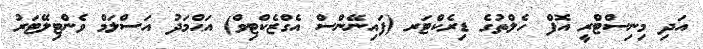
އަދި މިނިސްޓްރީ އޮފް ހެލްތުގެ ޑިރެކްޓަރ (ފައިނޭންސް އެގްޒެކްޓިވް) އަޙްމަދު އަސްލަމް ވެންޓިލޭޓަރު